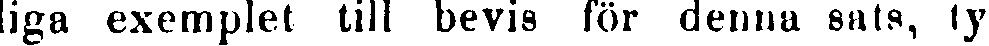
liga exemplet till bevis för denna sats, ty